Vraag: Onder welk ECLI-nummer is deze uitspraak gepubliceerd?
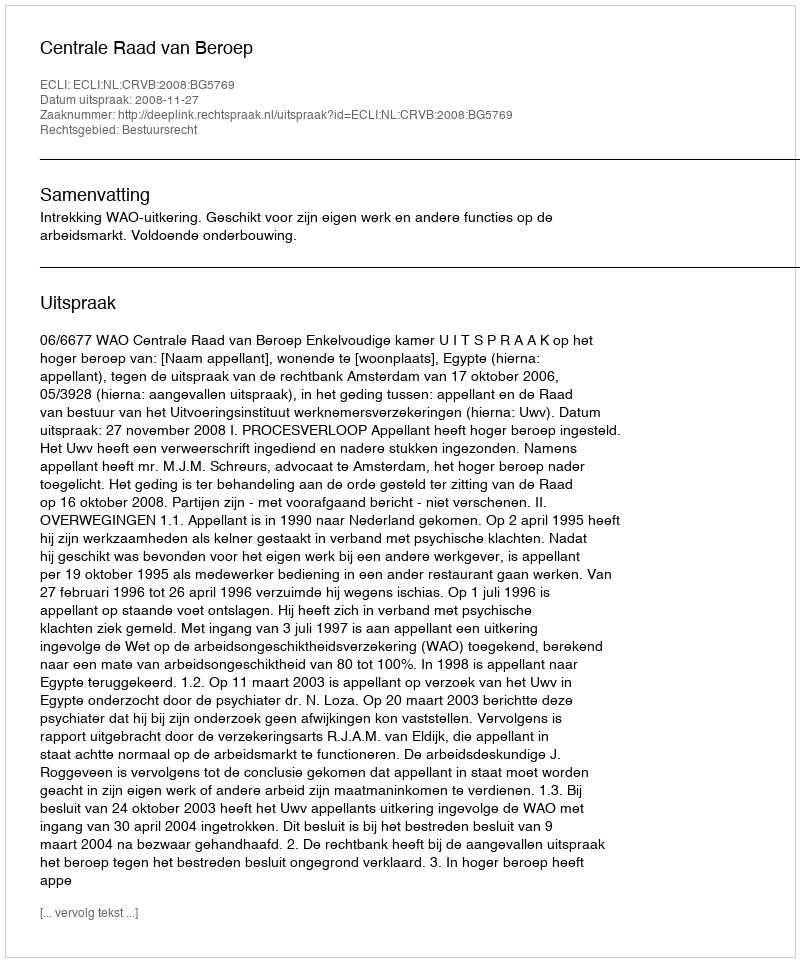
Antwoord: ECLI:NL:CRVB:2008:BG5769